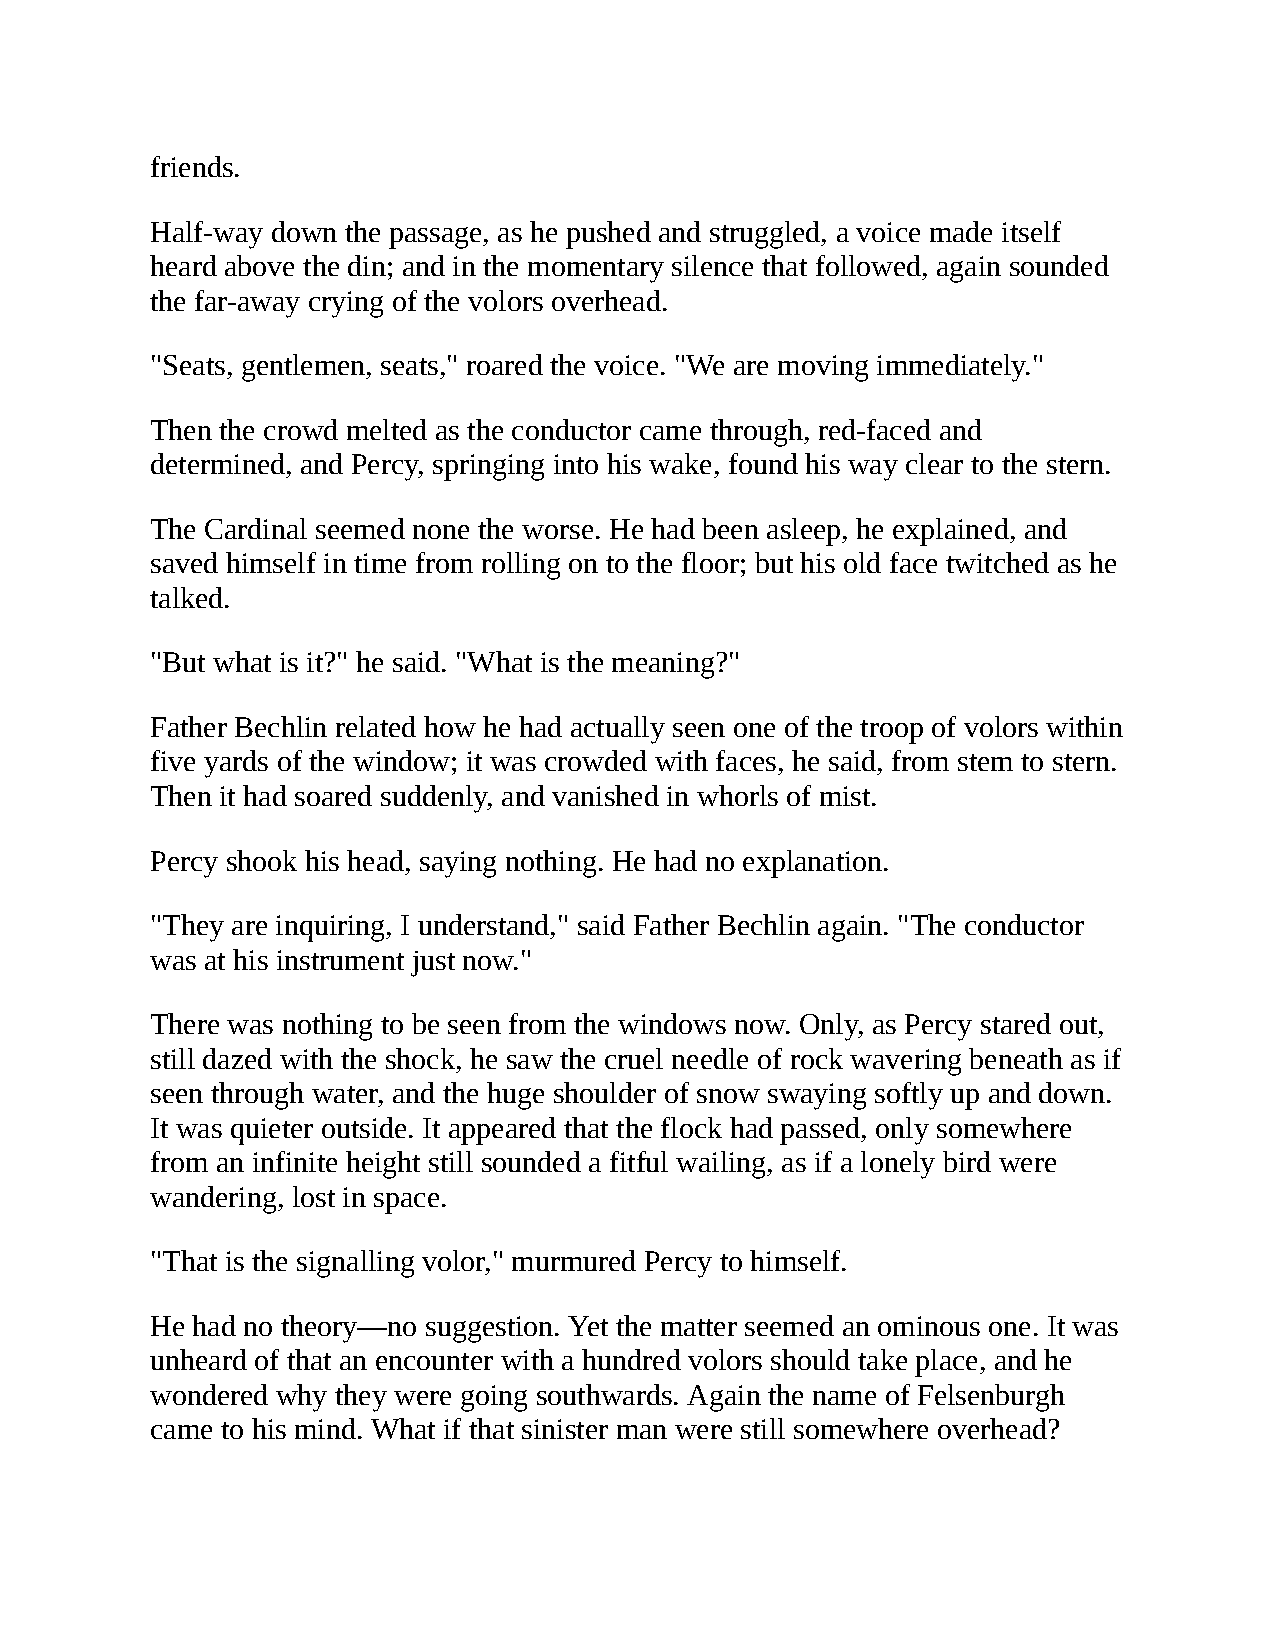
friends.
 Half-way down the passage, as he pushed and struggled, a voice made itself
 heard above the din; and in the momentary silence that followed, again sounded
 the far-away crying of the volors overhead.
 "Seats, gentlemen, seats," roared the voice. "We are moving immediately."
 Then the crowd melted as the conductor came through, red-faced and
 determined, and Percy, springing into his wake, found his way clear to the stern.
 The Cardinal seemed none the worse. He had been asleep, he explained, and
 saved himself in time from rolling on to the floor; but his old face twitched as he
 talked.
 "But what is it?" he said. "What is the meaning?"
 Father Bechlin related how he had actually seen one of the troop of volors within
 five yards of the window; it was crowded with faces, he said, from stem to stern.
 Then it had soared suddenly, and vanished in whorls of mist.
 Percy shook his head, saying nothing. He had no explanation.
 "They are inquiring, I understand," said Father Bechlin again. "The conductor
 was at his instrument just now."
 There was nothing to be seen from the windows now. Only, as Percy stared out,
 still dazed with the shock, he saw the cruel needle of rock wavering beneath as if
 seen through water, and the huge shoulder of snow swaying softly up and down.
 It was quieter outside. It appeared that the flock had passed, only somewhere
 from an infinite height still sounded a fitful wailing, as if a lonely bird were
 wandering, lost in space.
 "That is the signalling volor," murmured Percy to himself.
 He had no theory—no suggestion. Yet the matter seemed an ominous one. It was
 unheard of that an encounter with a hundred volors should take place, and he
 wondered why they were going southwards. Again the name of Felsenburgh
 came to his mind. What if that sinister man were still somewhere overhead?